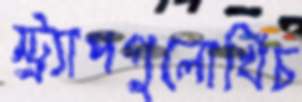
স্ট্র্যাপগুলোখিঁচ